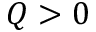
Q > 0